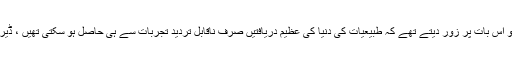
(اس سے پہلے کے طبیعیات دانوں کے برعکس جو اس بات پر زور دیتے تھے کہ طبیعیات کی دنیا کی عظیم دریافتیں صرف ناقابل تردید تجربات سے ہی حاصل ہو سکتی تھیں ، ڈیراک نے ان کے مخالف بالکل ہی الگ راہ چنی تھی ۔